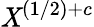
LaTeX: \mathit{X}^{(1/2)+c}